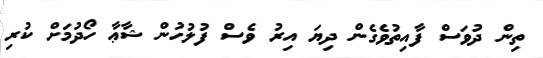
ތިން ދުވަސް ފާއިތުވެގެން ދިޔަ އިރު ވެސް ފުލުހުން ޝާޢާ ހޯދުމަށް ކުރި